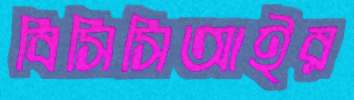
বিসিসিআইর